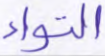
التواء